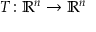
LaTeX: T \colon \mathbb { R } ^ { n } \to \mathbb { R } ^ { n }